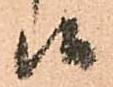
候